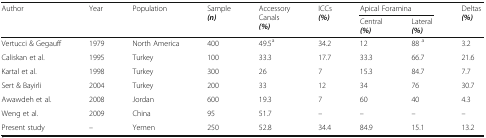
| <ROWSPAN=2> Author | <ROWSPAN=2> Year | <ROWSPAN=2> Population | <ROWSPAN=2> Sample(n) | <ROWSPAN=2> Accessory Canals(%) | <ROWSPAN=2> ICCs(%) | <COLSPAN=2> Apical Foramina | <ROWSPAN=2> Deltas (%) |
 | Central(%) | Lateral(%) |
 | --- | --- | --- | --- | --- | --- | --- | --- | --- |
 | Vertucci & Gegauff | 1979 | North America | 400 | 49.5a | 34.2 | 12 | 88 a | 3.2 |
 | Caliskan et al. | 1995 | Turkey | 100 | 33.3 | 17.7 | 33.3 | 66.7 | 21.6 |
 | Kartal et al. | 1998 | Turkey | 300 | 26 | 7 | 15.3 | 84.7 | 7.7 |
 | Sert & Bayirli | 2004 | Turkey | 200 | 33 | 12 | 34 | 76 | 30.7 |
 | Awawdeh et al. | 2008 | Jordan | 600 | 19.3 | 7 | 60 | 40 | 4.3 |
 | Weng et al. | 2009 | China | 95 | 51.7 | – | – | – | – |
 | Present study | – | Yemen | 250 | 52.8 | 34.4 | 84.9 | 15.1 | 13.2 |